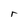
Character: r